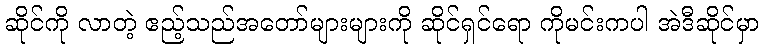
ဆိုင်ကို လာတဲ့ ဧည့်သည်အတော်များများကို ဆိုင်ရှင်ရော ကိုမင်းကပါ အဲဒီဆိုင်မှာ